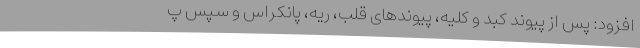
افزود: پس از پیوند کبد و کلیه، پیوندهای قلب، ریه، پانکراس و سپس پ